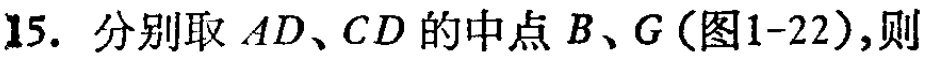
15. 分别取 \(AD、CD\) 的中点 \(B、G\)（图1-22）,则